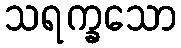
သရက္ခသော